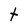
Character: t